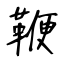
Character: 鞭